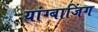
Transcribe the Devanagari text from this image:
यांग्बाजिंग